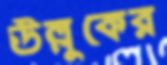
উল্লুকের